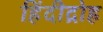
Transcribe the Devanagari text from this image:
हिंदीद्रोह